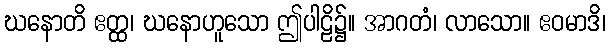
ဃနောတိ ဧတ္ထ၊ ဃနောဟူသော ဤပါဠိ၌။ အာဂတံ၊ လာသော။ ဧဝမာဒိ၊